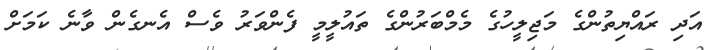
އަދި ރައްޔިތުންގެ މަޖިލީހުގެ މެމްބަރުންގެ ތައުލީމީ ފެންވަރު ވެސް އެނގެން ވާނެ ކަމަށް